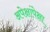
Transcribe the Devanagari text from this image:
अपेक्षांपेक्षा